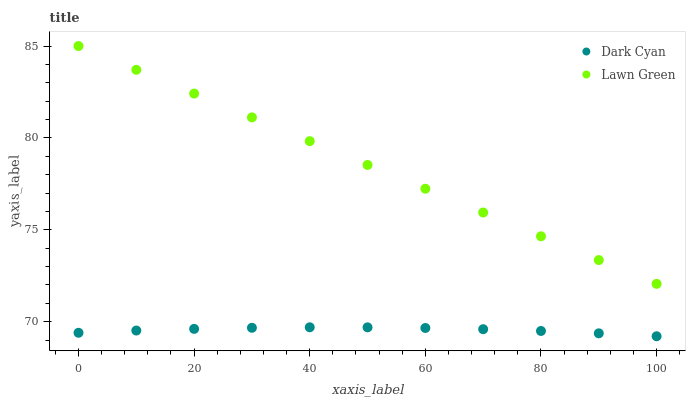
| xaxis_label | Dark Cyan | Lawn Green |
 | --- | --- | --- |
 | 0 | 69.4 | 85 |
 | 10 | 69.5 | 83.7 |
 | 20 | 69.6 | 82.4 |
 | 30 | 69.7 | 81.1 |
 | 40 | 69.7 | 79.8 |
 | 50 | 69.7 | 78.5 |
 | 60 | 69.7 | 77.2 |
 | 70 | 69.6 | 75.9 |
 | 80 | 69.5 | 74.6 |
 | 90 | 69.4 | 73.4 |
 | 100 | 69.2 | 72.1 |